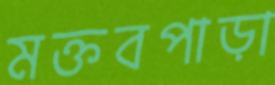
মক্তবপাড়া